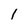
Character: 1